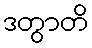
ဒတွာတိ